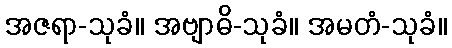
အဇရာ-သုခံ။ အဗျာဓိ-သုခံ။ အမတံ-သုခံ။